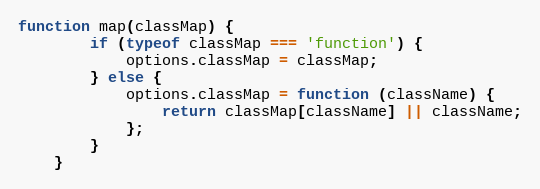
Language: JavaScript
function map(classMap) {
		if (typeof classMap === 'function') {
			options.classMap = classMap;
		} else {
			options.classMap = function (className) {
				return classMap[className] || className;
			};
		}
	}